Civil Veterinary Dept. Assam report 1927-50 - 1927-1950
Year: 1927
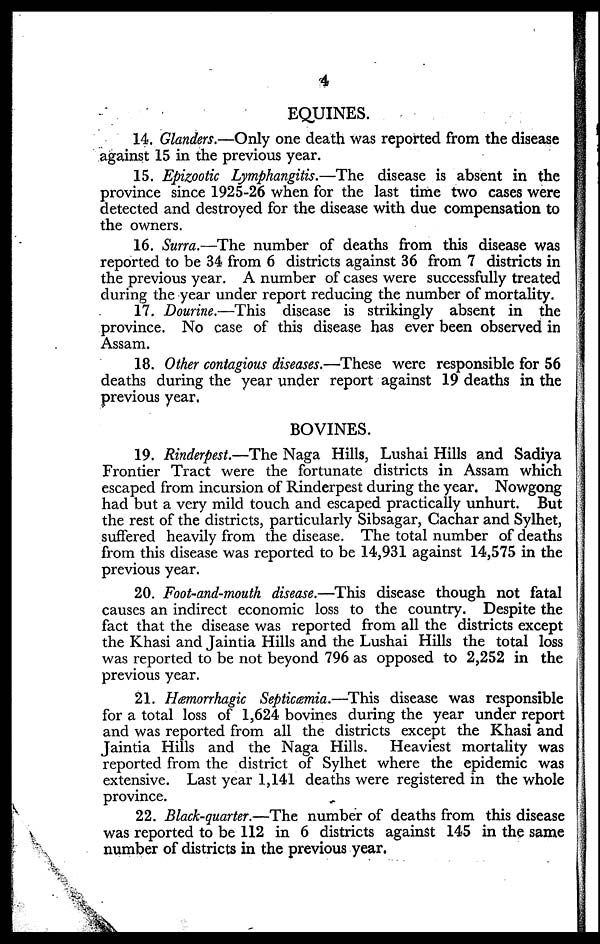
4
EQUINES.
14. Glanders.—Only one death was reported from the disease
against 15 in the previous year.
15. Epizootic Lymphangitis.—The disease is absent in the
province since 1925-26 when for the last time two cases were
detected and destroyed for the disease with due compensation to
the owners.
16. Surra.—The number of deaths from this disease was
reported to be 34 from 6 districts against 36 from 7 districts in
the previous year. A number of cases were successfully treated
during the year under report reducing the number of mortality.
17. Dourine.—This disease is strikingly absent in the
province. No case of this disease has ever been observed in
Assam.
18. Other contagious diseases.—These were responsible for 56
deaths during the year under report against 19 deaths in the
previous year,
BOVINES.
19. Rinderpest.—The Naga Hills, Lushai Hills and Sadiya
Frontier Tract were the fortunate districts in Assam which
escaped from incursion of Rinderpest during the year. Nowgong
had but a very mild touch and escaped practically unhurt. But
the rest of the districts, particularly Sibsagar, Cachar and Sylhet,
suffered heavily from the disease. The total number of deaths
from this disease was reported to be 14,931 against 14,575 in the
previous year.
20. Foot-and-mouth disease.—This disease though not fatal
causes an indirect economic loss to the country. Despite the
fact that the disease was reported from all the districts except
the Khasi and Jaintia Hills and the Lushai Hills the total loss
was reported to be not beyond 796 as opposed to 2,252 in the
previous year.
21. Hæmorrhagic Septicæmia.—This disease was responsible
for a total loss of 1,624 bovines during the year under report
and was reported from all the districts except the Khasi and
Jaintia Hills and the Naga Hills. Heaviest mortality was
reported from the district of Sylhet where the epidemic was
extensive. Last year 1,141 deaths were registered in the whole
province.
22. Black-quarter.—The number of deaths from this disease
was reported to be 112 in 6 districts against 145 in the same
number of districts in the previous year.